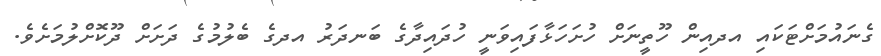
ގެނައުމަށްޓަކައި އދއިން ހޫތީނަށް ހުށަހަޅާފައިވަނީ ހުދައިދާގެ ބަނދަރު އދގެ ބެލުމުގެ ދަށަށް ދޫކޮށްލުމަށެވެ.